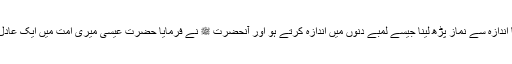
لوگوں نے عرض کیا یا رسول اللہ ہم ان چھوٹے دنوں میں نماز کیونکر پڑھیں آپ نے فرمایا اندازہ سے نماز پڑھ لینا جیسے لمبے دنوں میں اندازہ کرتے ہو اور آنحضرت ﷺ نے فرمایا حضرت عیسیٰ میری امت میں ایک عادل حاکم اور منصف امام ہوں گے اور صلیب کو جو نصاری لٹکائے رہتے ہیں) توڑ ڈالیں گے۔